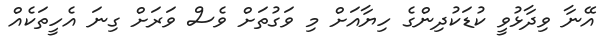
އޭނާ ވިދާޅުވީ ކުޑަކުދިންގެ ހިޔާއަށް މި ވަގުތަށް ވެސް ވަރަށް ގިނަ އެހީތަކެއް